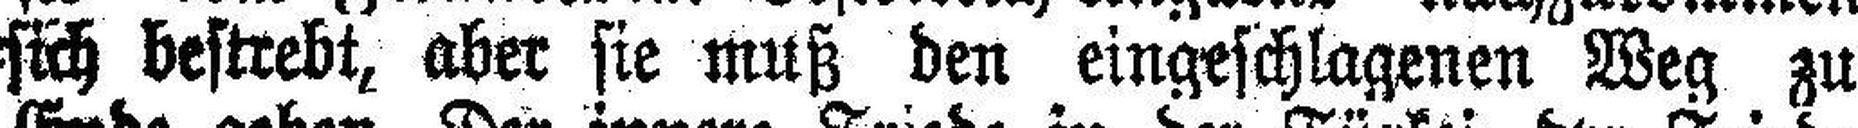
sich bestrebt, aber sie muß den eingeschlagenen Weg zu